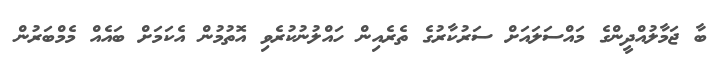
ބާ ޖަމާލުއްދީންގެ މައްސަލައަށް ސަރުކާރުގެ ތެރެއިން ހައްލުނުކުރެވި އޮތުމުން އެކަމަށް ބައެއް މެމްބަރުން